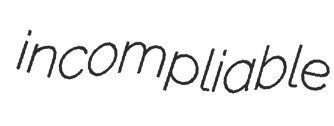
incompliable